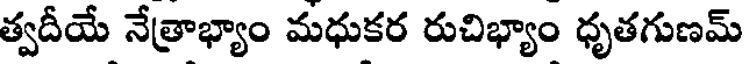
త్వదీయే నేత్రాభ్యాం మధుకర రుచిభ్యాం ధృతగుణమ్